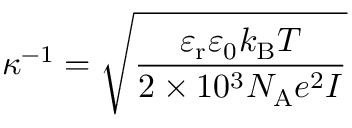
\kappa ^ { - 1 } = { \sqrt { \frac { \varepsilon _ { \mathrm { { r } } } \varepsilon _ { 0 } k _ { \mathrm { { B } } } T } { 2 \times 1 0 ^ { 3 } N _ { \mathrm { { A } } } e ^ { 2 } I } } }